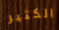
الكثير